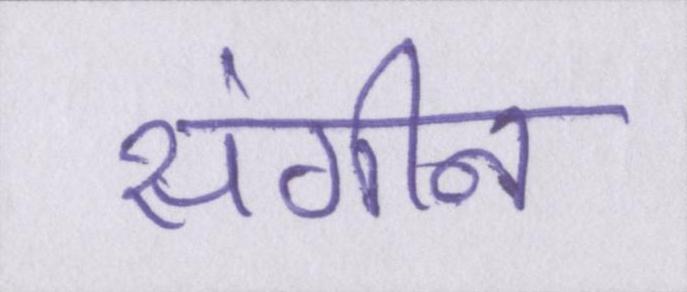
संगीन